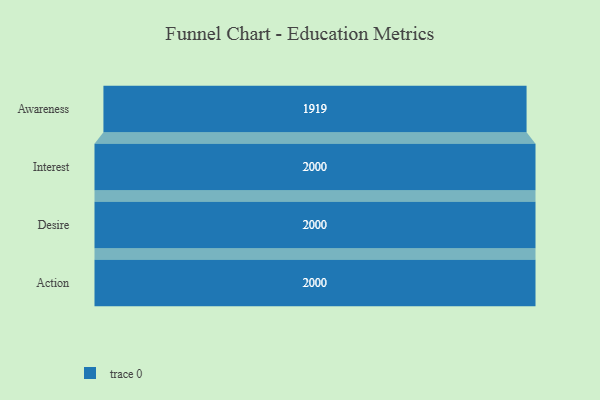
{"axis": {"x": "Stage", "y": "Value"}, "legend": [""], "data": [{"x": "Awareness", "y": 1919.0, "type": ""}, {"x": "Interest", "y": 2000, "type": ""}, {"x": "Desire", "y": 2000, "type": ""}, {"x": "Action", "y": 2000, "type": ""}]}